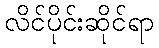
လိင်ပိုင်းဆိုင်ရာ